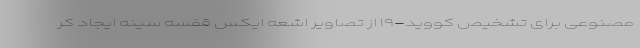
مصنوعی برای تشخیص کووید-۱۹ از تصاویر اشعه ایکس قفسه سینه ایجاد کر